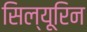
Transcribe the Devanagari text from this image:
सिल्यूरिन